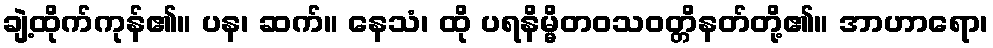
ချဲ့ထိုက်ကုန်၏။ ပန၊ ဆက်။ နေသံ၊ ထို ပရနိမ္မိတဝသဝတ္တိနတ်တို့၏။ အာဟာရော၊